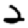
Digit: 2